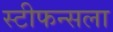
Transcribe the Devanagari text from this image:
स्टीफन्सला